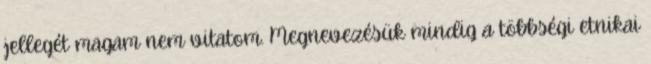
jellegét magam nem vitatom. Megnevezésük mindig a többségi etnikai